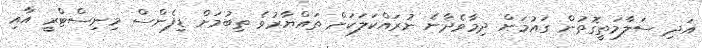
އަދި ސަލާމަތީގޮތުން ގައުމަށް ދިމާވެދާނެ ނުރައްކަލަކަށް ތައްޔާރުވެ ތިބުމަށް ޑިފެންސް މިނިސްޓްރީ އާއި